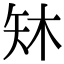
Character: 𪿈